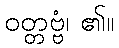
ဝတ္တဗ္ဗံ၊ ၏။